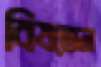
বিষতেন